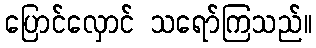
ပြောင်လှောင် သရော်ကြသည်။